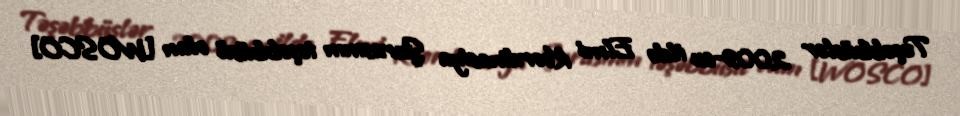
Təşəbbüslər 2009-cu ildə Elmi Koordinasiya Şurasının təşəbbüsü olan [WOSCO]